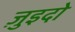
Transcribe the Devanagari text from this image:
ज़ुइदो